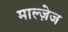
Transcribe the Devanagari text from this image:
माल्ज़ेज